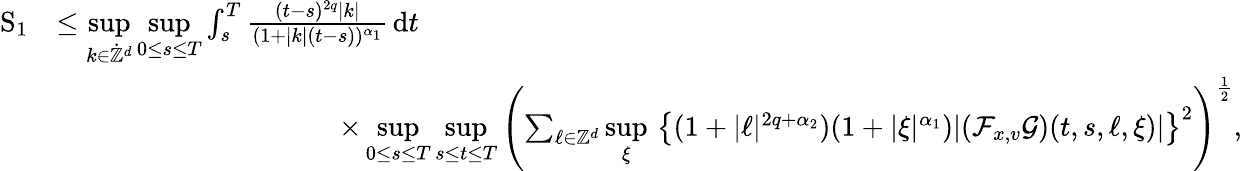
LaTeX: \begin{array}{rl}{\mathrm{S}_{1}}&{\leq\underset{k\in\dot{\mathbb Z}^{d}}{\operatorname*{sup}}\underset{0\leq s\leq T}{\operatorname*{sup}}\int_{s}^{T}\frac{(t-s)^{2q}\vert k\vert}{(1+\vert k\vert(t-s))^{\alpha_{1}}}\, \mathrm{d}t}\\ &{\qquad\qquad\qquad\qquad\qquad\times\underset{0\leq s\leq T}{\operatorname*{sup}}\underset{s\leq t\leq T}{\operatorname*{sup}}\left(\sum_{\ell\in\mathbb Z^{d}}\underset{\xi}{\operatorname*{sup}}\, \left\lbrace(1+\vert\ell\vert^{2q+\alpha_{2}})(1+\vert\xi\vert^{\alpha_{1}})\vert(\mathcal{F}_{x,v}\mathcal{G})(t,s,\ell,\xi)\vert\right\rbrace^{2}\right)^{\frac{1}{2}},}\end{array}